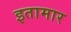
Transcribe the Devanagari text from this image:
इतामार